Insane asylums in Bengal annual reports 1867-1875 - 1867-1875
Year: 1867
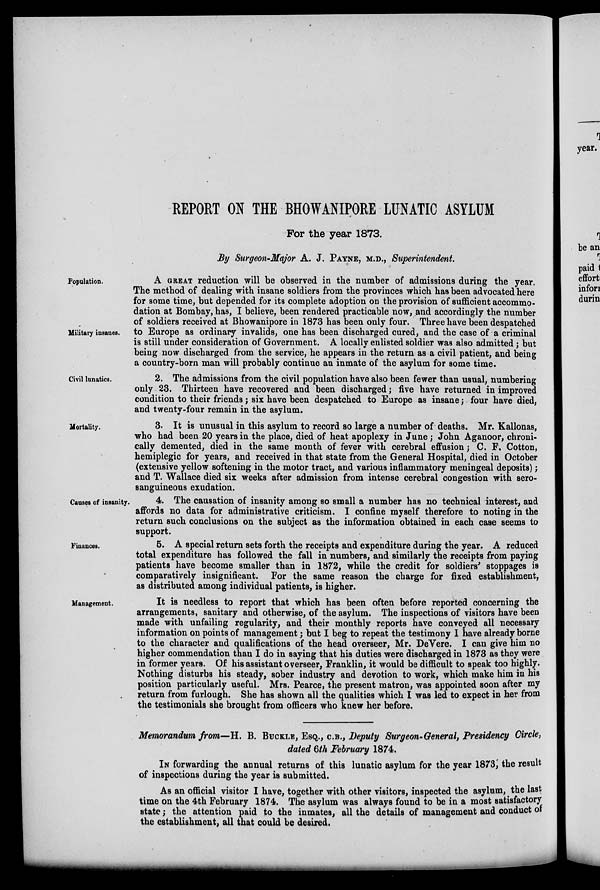
REPORT ON THE BHOWANIPORE LUNATIC ASYLUM
For the year 1873.
By Surgeon-Major A. J. PAYNE, M.D., Superintendent.
Population.
Military insanes.
A GREAT reduction will be observed in the number of admissions during the year.
The method of dealing with insane soldiers from the provinces which has been advocated here
for some time, but depended for its complete adoption on the provision of sufficient accommo-
dation at Bombay, has, I believe, been rendered practicable now, and accordingly the number
of soldiers received at Bhowanipore in 1873 has been only four. Three have been despatched
to Europe as ordinary invalids, one has been discharged cured, and the case of a criminal
is still under consideration of Government. A locally enlisted soldier was also admitted; but
being now discharged from the service, he appears in the return as a civil patient, and being
a country-born man will probably continue an inmate of the asylum for some time.
Civil lunatics.
2. The admissions from the civil population have also been fewer than usual, numbering
only 23. Thirteen have recovered and been discharged; five have returned in improved
condition to their friends; six have been despatched to Europe as insane; four have died,
and twenty-four remain in the asylum.
Mortality.
3. It is unusual in this asylum to record so large a number of deaths. Mr. Kallonas,
who had been 20 years in the place, died of heat apoplexy in June; John Aganoor, chroni-
cally demented, died in the same month of fever with cerebral effusion; C. F. Cotton,
hemiplegic for years, and received in that state from the General Hospital, died in October
(extensive yellow softening in the motor tract, and various inflammatory meningeal deposits);
and T. Wallace died six weeks after admission from intense cerebral congestion with sero-
sanguineous exudation.
Causes of insanity.
4. The causation of insanity among so small a number has no technical interest, and
affords no data for administrative criticism. I confine myself therefore to noting in the
return such conclusions on the subject as the information obtained in each case seems to
support.
Finances.
5. A special return sets forth the receipts and expenditure during the year. A reduced
total expenditure has followed the fall in numbers, and similarly the receipts from paying
patients have become smaller than in 1872, while the credit for soldiers' stoppages is
comparatively insignificant. For the same reason the charge for fixed establishment,
as distributed among individual patients, is higher.
Management.
It is needless to report that which has been often before reported concerning the
arrangements, sanitary and otherwise, of the asylum. The inspections of visitors have been
made with unfailing regularity, and their monthly reports have conveyed all necessary
information on points of management; but I beg to repeat the testimony I have already borne
to the character and qualifications of the head overseer, Mr. DeVere. I can give him no
higher commendation than I do in saying that his duties were discharged in 1873 as they were
in former years. Of his assistant overseer, Franklin, it would be difficult to speak too highly.
Nothing disturbs his steady, sober industry and devotion to work, which make him in his
position particularly useful. Mrs. Pearce, the present matron, was appointed soon after my
return from furlough. She has shown all the qualities which I was led to expect in her from
the testimonials she brought from officers who knew her before.
Memorandum from—H. B. BUCKLE, ESQ., C.B., Deputy Surgeon-General, Presidency Circle,
dated 6th February 1874.
IN forwarding the annual returns of this lunatic asylum for the year 1873, the result
of inspections during the year is submitted.
As an official visitor I have, together with other visitors, inspected the asylum, the last
time on the 4th February 1874. The asylum was always found to be in a most satisfactory
state; the attention paid to the inmates, all the details of management and conduct of
the establishment, all that could be desired.